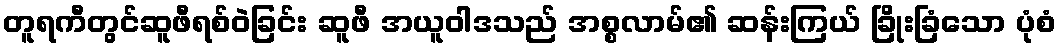
တူရကီတွင်ဆူဖီရစ်ဝဲခြင်း ဆူဖီ အယူဝါဒသည် အစ္စလာမ်၏ ဆန်းကြယ် ခြိုးခြံသော ပုံစံ